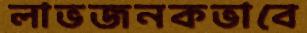
লাভজনকভাবে